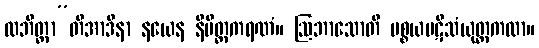
လဘိတ္ထာ”တိအာဒိနာ နယေန နိမိတ္တကရဏံ။ ဩဘာသောတိ ပစ္စယပဋိသံယုတ္တကထာ။